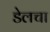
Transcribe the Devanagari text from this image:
डेलचा